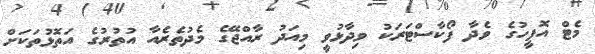
މެޓް އޮފީހުގެ ވެދާ ފޯކާސްޓަރަކު ވިދާޅުވީ މިއަދު ރާއްޖޭގެ މެދުތެރެއާ އުތުރުގެ އަތޮޅުތަކަށް